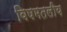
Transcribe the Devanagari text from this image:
विषमतलीय